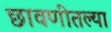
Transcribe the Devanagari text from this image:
छावणीतल्या